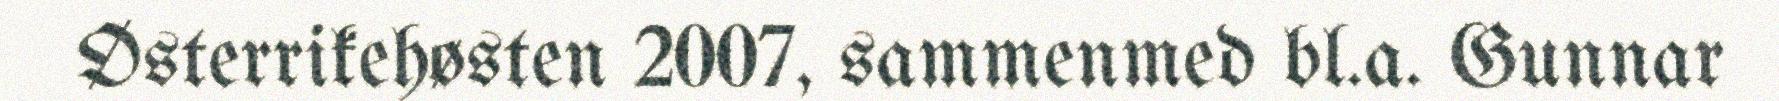
Østerrikehøsten 2007, sammenmed bl.a. Gunnar